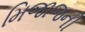
મિજાજની